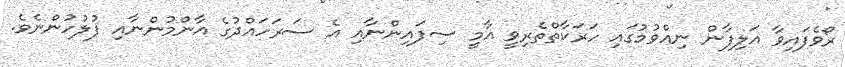
ރޯވެފައިވާ އަލިފާން ނިއްވުމުގައި ހަރަކާތްތެރިވީ އާމީ ސިފައިންނާއި އެ ސަރަހައްދުގެ އާންމުންނާއި ފުލުހުންނެވެ.